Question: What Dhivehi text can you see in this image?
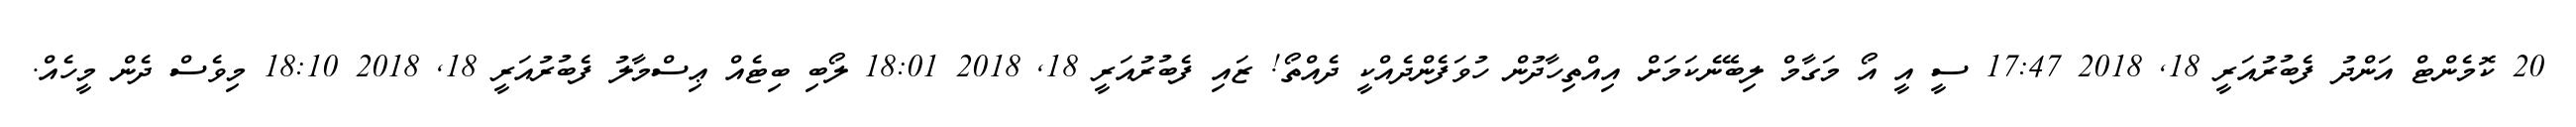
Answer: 20 ކޮމެންޓް އަންދު ފެބުރުއަރީ 18, 2018 17:47 ސީ އީ އޯ މަގާމް ލިބޭނެކަމަށް އިއްތިހާދުން ހުވަފެންދެއްކީ ދެއްތޯ! ޒައި ފެބުރުއަރީ 18, 2018 18:01 ލޯބި ބިޓެއް ޢިސްމާލު ފެބުރުއަރީ 18, 2018 18:10 މިވެސް ދެން މީހެއް.